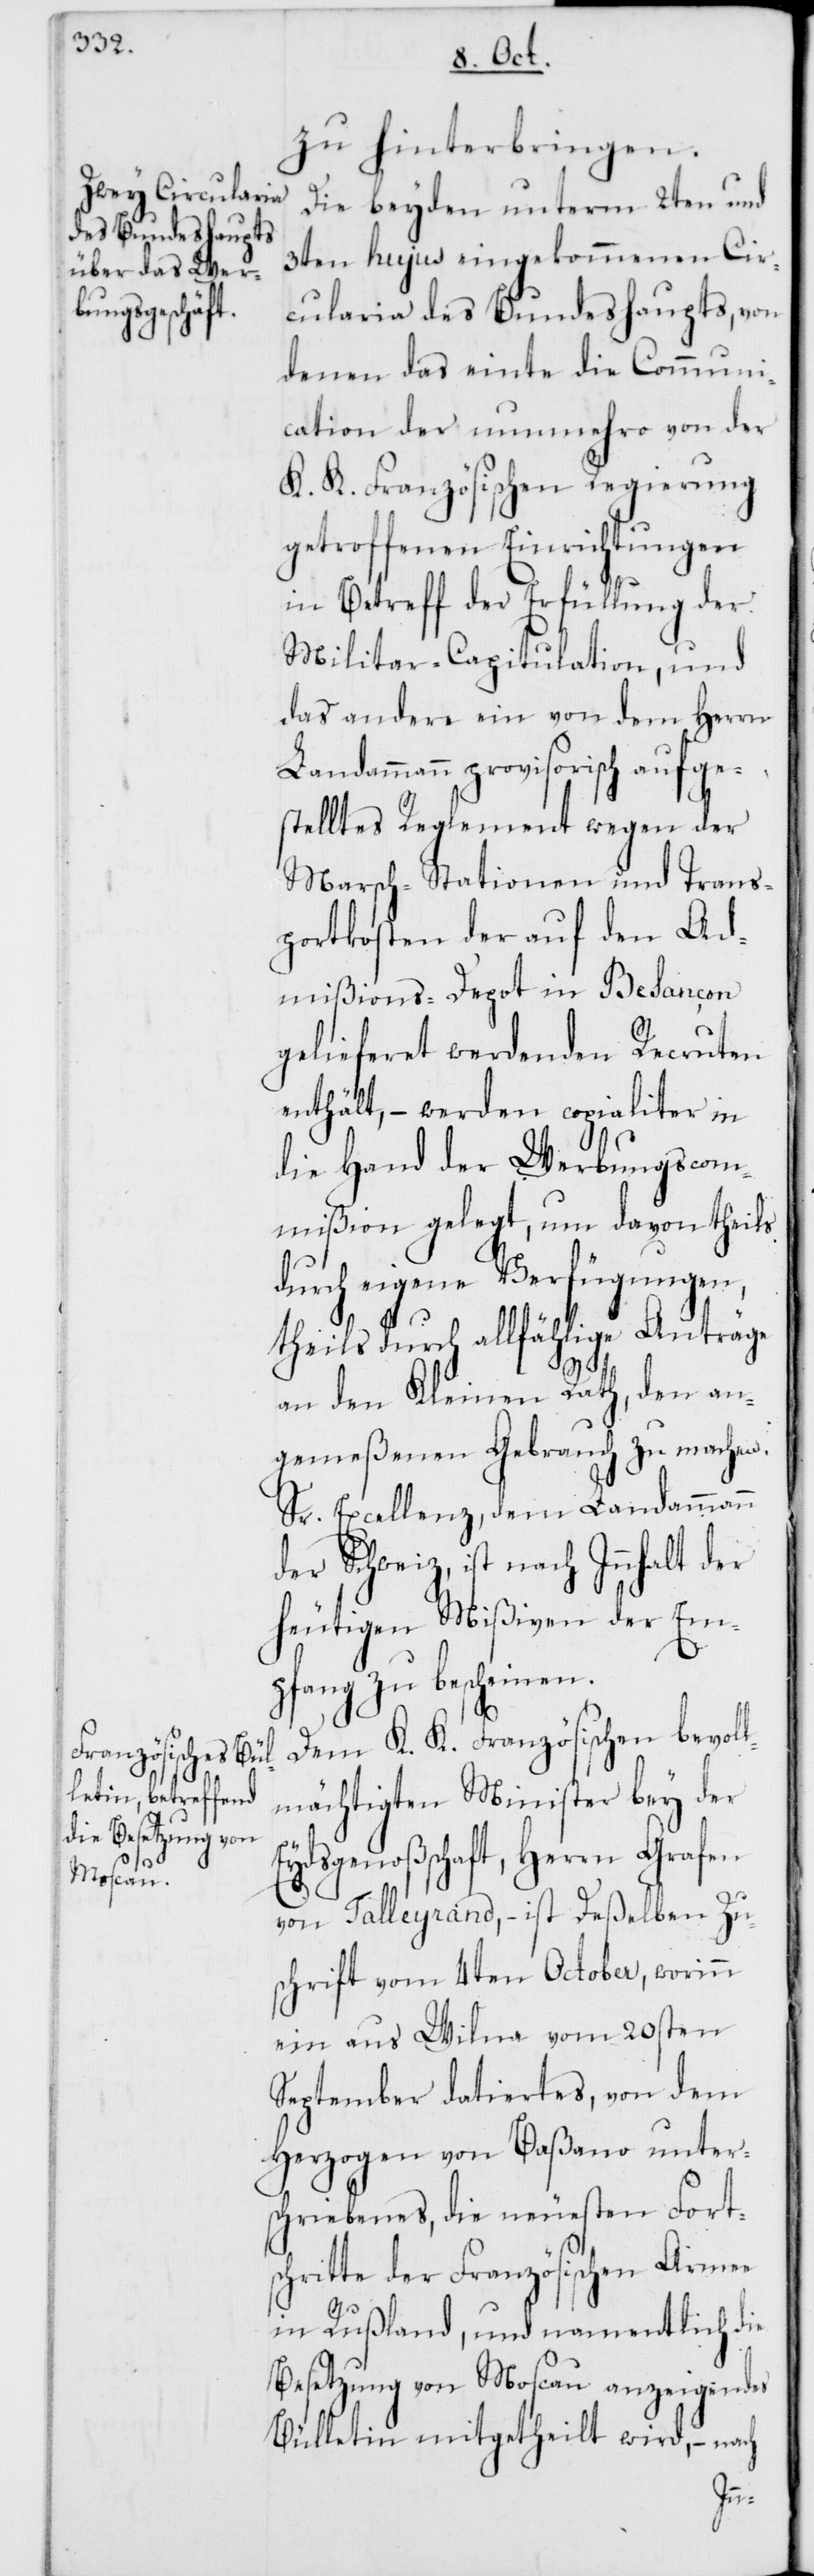
zu hinterbringen.
Die beyden unterm 2ten und
3ten hujus eingekommenen Cir¬
cularia des Bundeshaupts, von
denen das einte die Communi¬
cation der nunmehro von der
K. K. Französischen Regierung
getroffenen Einrichtungen
in Betreff der Erfüllung der
Militair-Capitulation, und
das andere ein von dem Herrn
Landammann provisorisch aufge¬
stelltes Reglement wegen der
Marsch-Stationen und Trans¬
portkosten der auf den Ad¬
mißions-Depot in Besançon
gelieferet werdenden Recruten
enthält, – werden copialiter in
die Hand der Werbungscom¬
mißion gelegt, um davon theils
durch eigene Verfügungen,
theils durch allfählige Anträge
an den Kleinen Rath, den an¬
gemeßenen Gebrauch zu machen.
Sr. Excellenz, dem Landammann
der Schweiz, ist nach Innhalt der
heutigen Mißiven der Em¬
pfang zu bescheinen.
Dem K. K. Französischen bevol¬
lmächtigten Minister bey der
Eydsgenoßenschaft, Herrn Grafen
von Talleyrand, – ist Deßelben Zu¬
schrift vom 4ten October, worinn
ein aus Wilna vom 20sten
September datiertes, von dem
Herzogen von Baßano unter¬
schriebenes, die neuesten Fots¬
chritte der Französischen Armee
in Rußland, und namentlich die
Besetzung von Moscau anzeigendes
Bulletin mitgetheilt wird, – nach